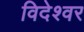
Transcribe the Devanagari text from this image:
विदेश्वर